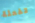
تفعلة